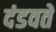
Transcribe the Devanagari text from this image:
दंडवतें